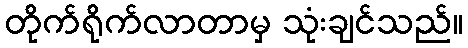
တိုက်ရိုက်လာတာမှ သုံးချင်သည်။